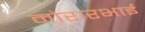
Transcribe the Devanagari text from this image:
मोरारभाई